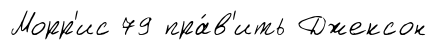
Морр'ис 79 пра́в'ить Джексон